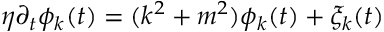
\eta \partial _ { t } \phi _ { k } ( t ) = ( k ^ { 2 } + m ^ { 2 } ) \phi _ { k } ( t ) + \xi _ { k } ( t )